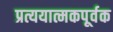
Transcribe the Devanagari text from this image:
प्रत्ययात्मकपूर्वक